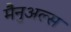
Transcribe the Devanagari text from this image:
मैनुअल्स